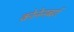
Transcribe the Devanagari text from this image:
क्रोनेनबर्ग